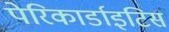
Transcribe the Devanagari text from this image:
पेरिकार्डाइटिस